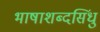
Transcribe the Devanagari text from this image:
भाषाशब्दसिंधु